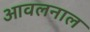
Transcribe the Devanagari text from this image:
आवलनाल